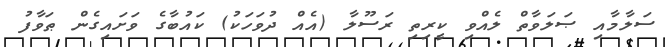
ސަލާމާއި ޞަލަވާތް ލެއްވި ކީރިތި ރަސޫލާ (އެއް ދުވަހަކު) ކައުބާގެ ވަށައިގެން ޠަވާފު